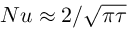
N u \approx 2 / \sqrt { \pi \tau }